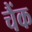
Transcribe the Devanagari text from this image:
चैंक